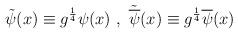
LaTeX: \begin{align*}\tilde{\psi}(x)\equiv{g}^{\frac{1}{4}}\psi(x)\ ,\ \tilde{\overline{\psi}}(x)\equiv{g}^{\frac{1}{4}}\overline{\psi}(x)\end{align*}